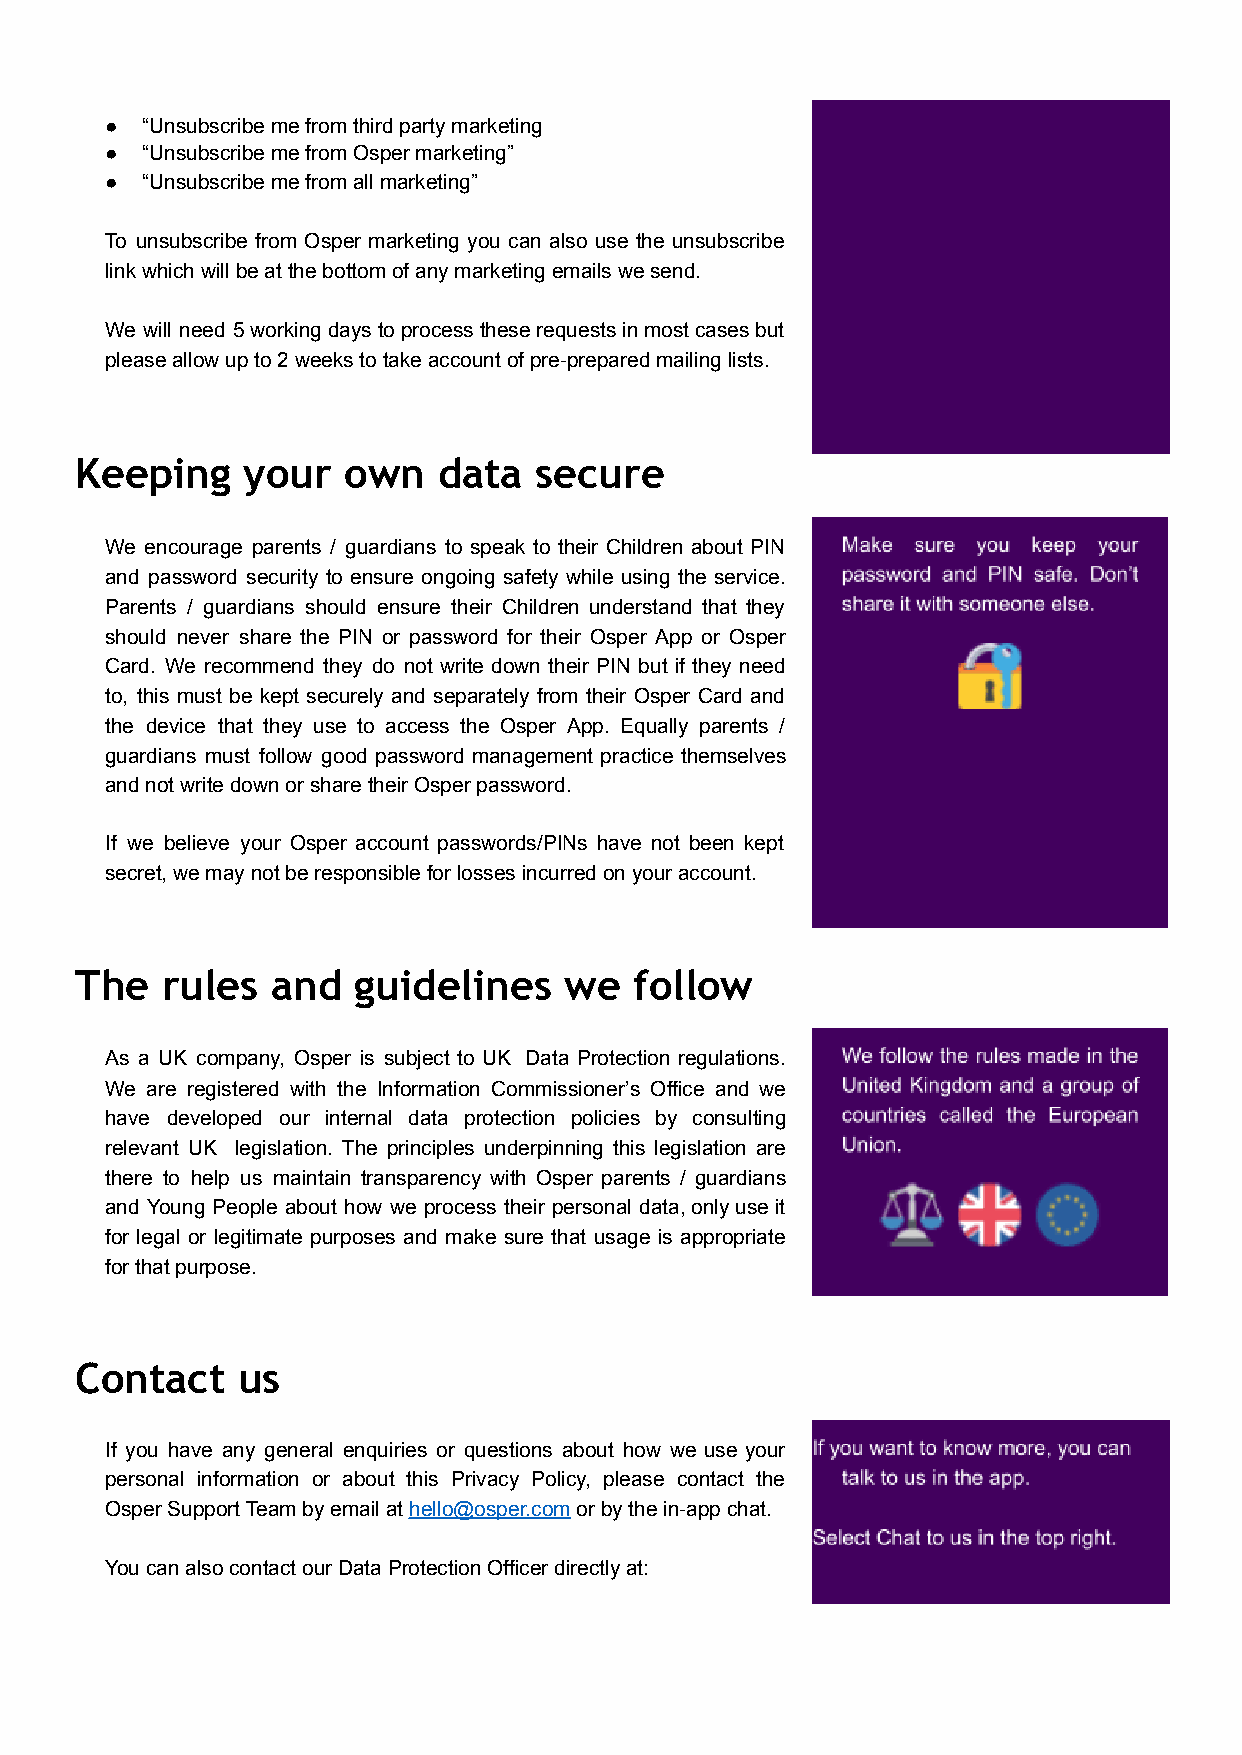
● “Unsubscribe me from third party marketing
 ● “Unsubscribe me from Osper marketing”
 ● “Unsubscribe me from all marketing”
 To unsubscribe from Osper marketing you can also use the unsubscribe
 link which will be at the bottom of any marketing emails we send.
 We will need 5workingdaystoprocesstheserequestsinmostcasesbut
 please allow up to 2 weeks to take account of pre-prepared mailing lists.
 Keeping    your   own   data  secure
 We encourage parents / guardians to speak to their Children about PIN
 and password security to ensure ongoing safety while using the service.
 Parents / guardians should ensure their Children understand that they
 should never share the PIN or password for their Osper App or Osper
 Card. We recommend they do not write down their PIN but if they need
 to, this must be kept securely and separately from their Osper Card and
 the device that they use to access the Osper App. Equally parents /
 guardians must follow good password management practice themselves
 and not write down or share their Osper password.
 If we believe your Osper account passwords/PINs have not been kept
 secret, we may not be responsible for losses incurred on your account.
 The   rules  and  guidelines    we   follow
 As a UK company, Osper is subject to UK Data Protection regulations.
 We are registered with the Information Commissioner’s Office and we
 have developed our internal data protection policies by consulting
 relevant UK legislation. The principles underpinning this legislation are
 there to help us maintain transparency with Osper parents / guardians
 and Young People about how we process their personal data,onlyuseit
 for legal or legitimate purposes and make sure that usage is appropriate
 for that purpose.
 Contact    us
 If you have any general enquiries or questions about how we use your
 personal information or about this Privacy Policy, please contact the
 Osper Support Team by email athello@osper.comorby the in-app chat.
 You can also contact our Data Protection Officer directly at: